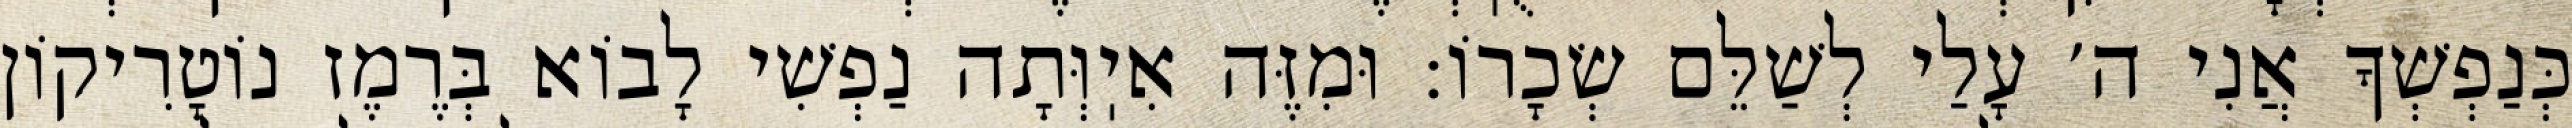
כְּנַפְשְׁךָ אֲנִי ה׳ עָלַי לְשַׁלֵּם שְׂכָרוֹ: וּמִזֶּה אִיֽוְּתָה נַפְשִׁי לָבוֹא בְּרֶמֶז נוֹטָרִיקוֹן